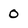
Character: 0